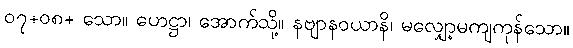
၀၇+၀၈+ သော။ ဟေဋ္ဌာ၊ အောက်သို့။ နဗျာနဝယာနိ၊ မလျှော့မကျကုန်သော။